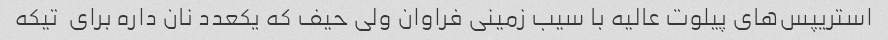
استریپس‌های پیلوت عالیه با سیب زمینی فراوان ولی حیف که یکعدد نان داره برای  تیکه